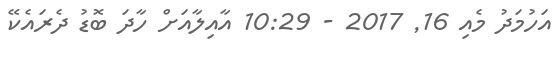
އަހުމަދު މެއި 16